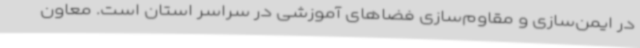
در ایمن‌سازی و مقاوم‌سازی فضاهای آموزشی در سراسر استان است. معاون